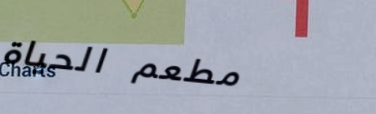
مطعم الحياة